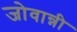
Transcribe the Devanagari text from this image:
जोवान्नी